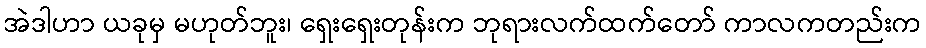
အဲဒါဟာ ယခုမှ မဟုတ်ဘူး၊ ရှေးရှေးတုန်းက ဘုရားလက်ထက်တော် ကာလကတည်းက